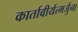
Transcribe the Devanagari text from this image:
कार्तावीर्यत्मर्जुना